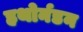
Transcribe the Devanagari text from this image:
हथोर्नडन